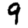
Digit: 9